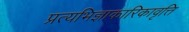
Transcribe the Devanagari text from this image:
प्रत्यभिज्ञाकारिकावृत्ति